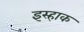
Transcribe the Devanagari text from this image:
इस्हाक